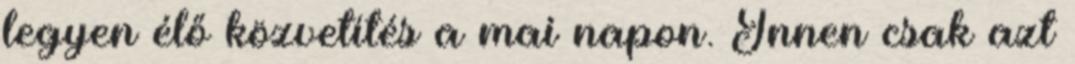
legyen élő közvetítés a mai napon. Innen csak azt